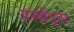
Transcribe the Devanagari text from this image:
हस्बेंड्स